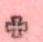
+